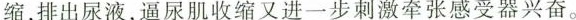
缩，排出尿液，逼尿肌收缩又进一步刺激牵张感受器兴奋。